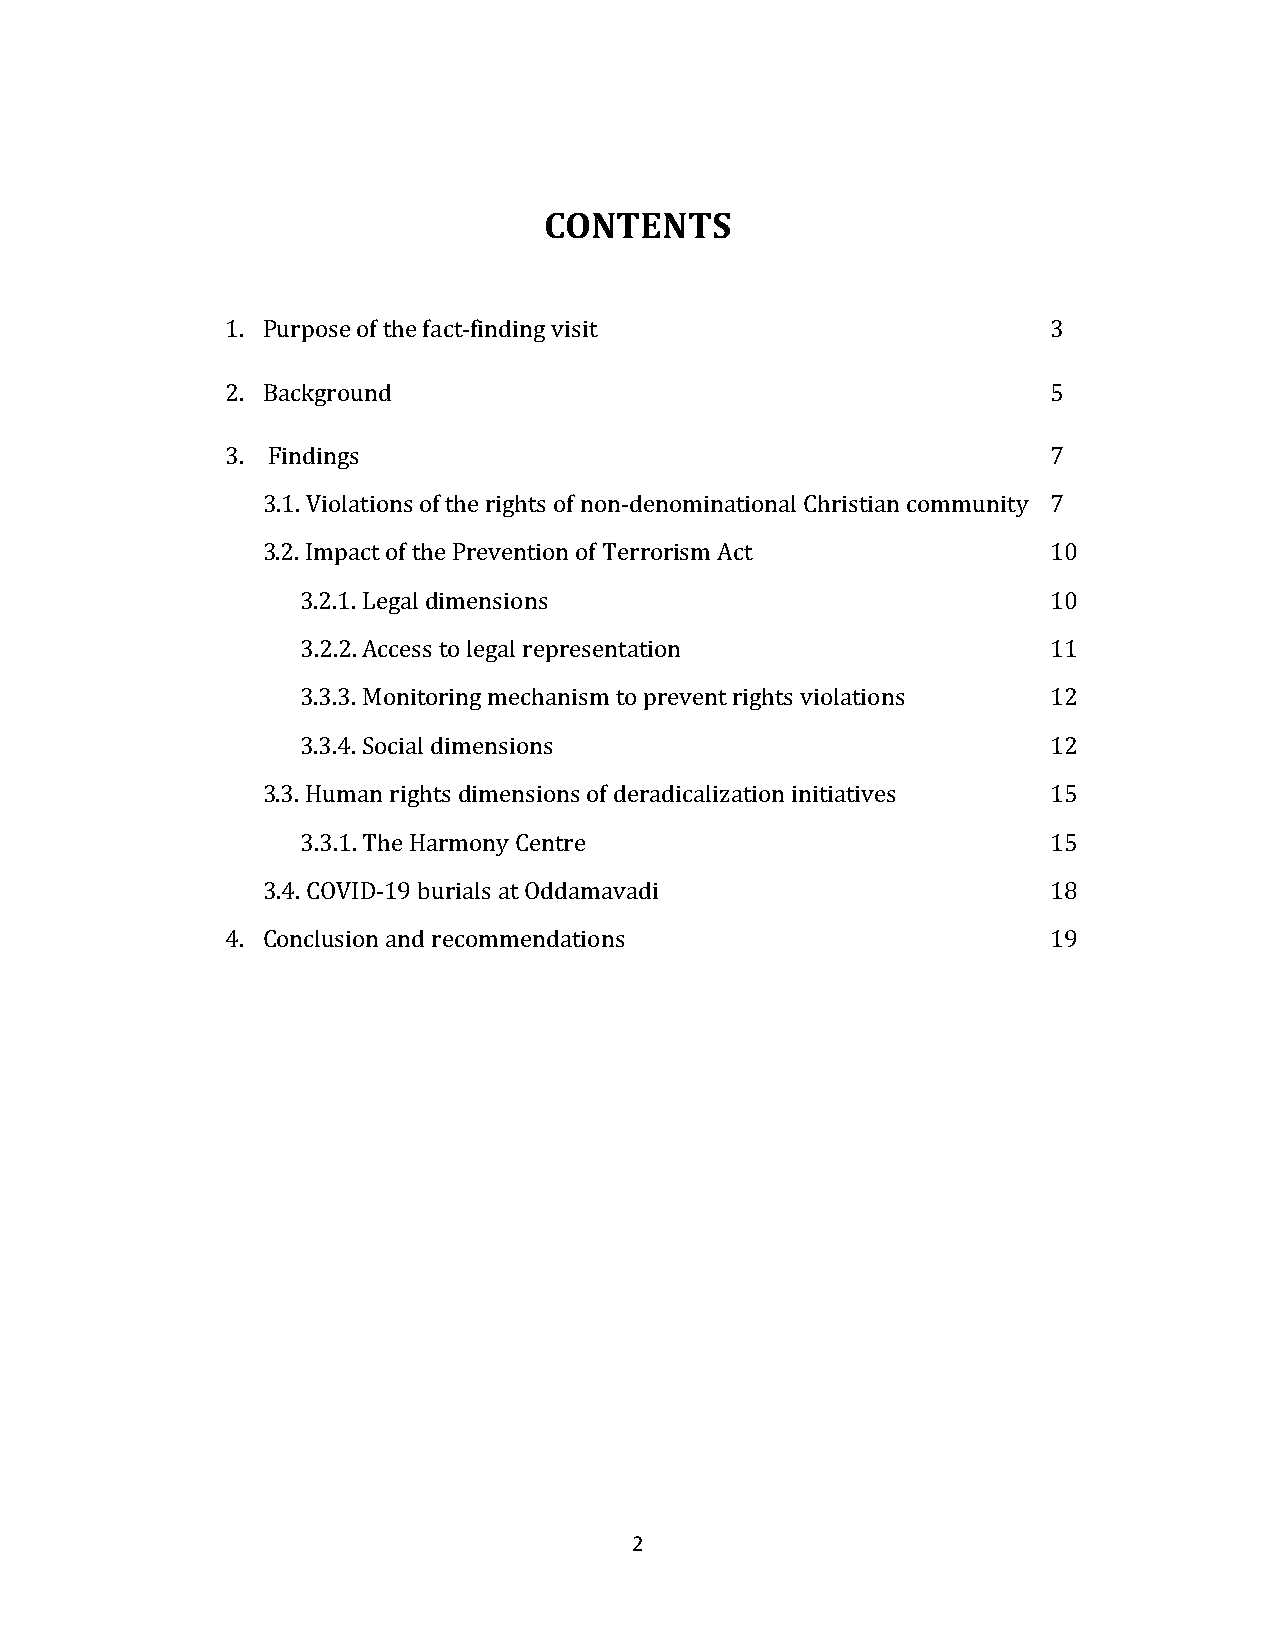
CONTENTS
 1. Purpose of the fact-finding visit                   3
 2. Background                                          5
 3. Findings                                            7
 3.1. Violations of the rights of non-denominational Christian community 7
 3.2. Impact of the Prevention of Terrorism Act       10
 3.2.1. Legal dimensions                           10
 3.2.2. Access to legal representation             11
 3.3.3. Monitoring mechanism to prevent rights violations 12
 3.3.4. Social dimensions                          12
 3.3. Human rights dimensions of deradicalization initiatives 15
 3.3.1. The Harmony Centre                         15
 3.4. COVID-19 burials at Oddamavadi                  18
 4. Conclusion and recommendations                      19
 2